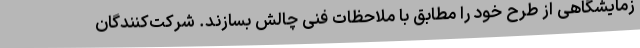
زمایشگاهی از طرح خود را مطابق با ملاحظات فنی چالش بسازند. شرکت‌کنندگان